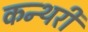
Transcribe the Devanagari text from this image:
कन्थरी